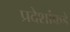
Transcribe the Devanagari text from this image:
प्रदेशांकडे